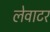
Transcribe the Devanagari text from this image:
लेवाटर